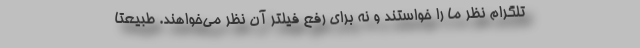
تلگرام نظر ما را خواستند و نه برای رفع فیلتر آن نظر می‌خواهند. طبیعتاً